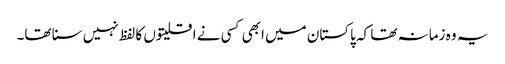
یہ وہ زمانہ تھا کہ پاکستان میں ابھی کسی نے اقلیتوں کا لفظ نہیں سنا تھا۔